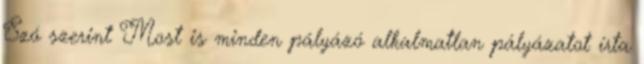
Szó szerint Most is minden pályázó alkalmatlan pályázatot írta